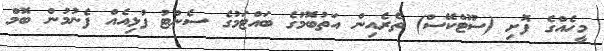
މީހެއްގެ ފޮށި (ސޫޓްކޭސް) ތެރެއިން އަތުބޮމުގެ ބައްޓަމުގެ ސެންޓު ފުޅިއެއް ފެނުމުން ބޮމް